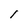
Character: 1